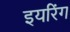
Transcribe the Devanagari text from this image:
इयरिंग